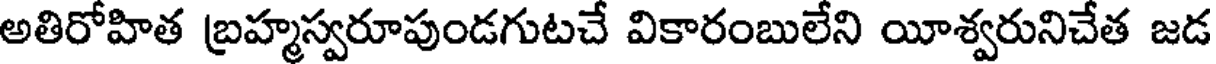
అతిరోహిత బ్రహ్మస్వరూపుండగుటచే వికారంబులేని యీశ్వరునిచేత జడ